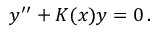
y ^ { \prime \prime } + K ( x ) y = 0 \, .